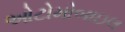
ઓટોમોબાઇલ